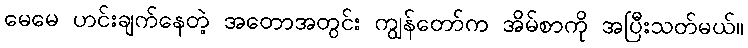
မေမေ ဟင်းချက်နေတဲ့ အတောအတွင်း ကျွန်တော်က အိမ်စာကို အပြီးသတ်မယ်။